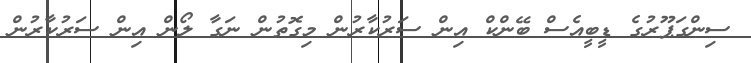
ސިންގަޕޫރުގެ ޑީބީއެސް ބޭންކް އިން ސަރުކާރުން މިގޮތުން ނަގާ ލޯން އިން ސަރުކާރުން